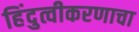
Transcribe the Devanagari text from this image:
हिंदुत्वीकरणाचा